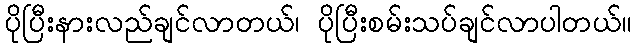
ပိုပြီးနားလည်ချင်လာတယ်၊ ပိုပြီးစမ်းသပ်ချင်လာပါတယ်။